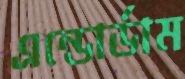
এন্ডোর্ডাম